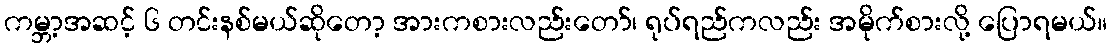
ကမ္ဘာ့အဆင့် ၆ တင်းနစ်မယ်ဆိုတော့ အားကစားလည်းတော်၊ ရုပ်ရည်ကလည်း အမိုက်စားလို့ ပြောရမယ်။